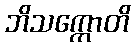
ဘိသက္ကောတိ